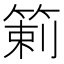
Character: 𥰍